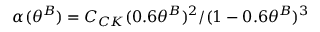
\alpha ( \theta ^ { B } ) = C _ { C K } ( 0 . 6 \theta ^ { B } ) ^ { 2 } / ( 1 - 0 . 6 \theta ^ { B } ) ^ { 3 }